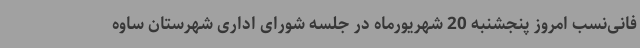
فانی‌نسب امروز پنجشنبه 20 شهریورماه در جلسه شورای اداری شهرستان ساوه